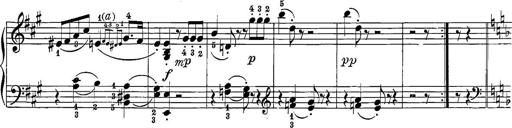
Title: 12 Sonatine per Pianoforte
Composer: Friedrich Kuhlau